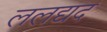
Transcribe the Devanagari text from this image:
ललद्यद